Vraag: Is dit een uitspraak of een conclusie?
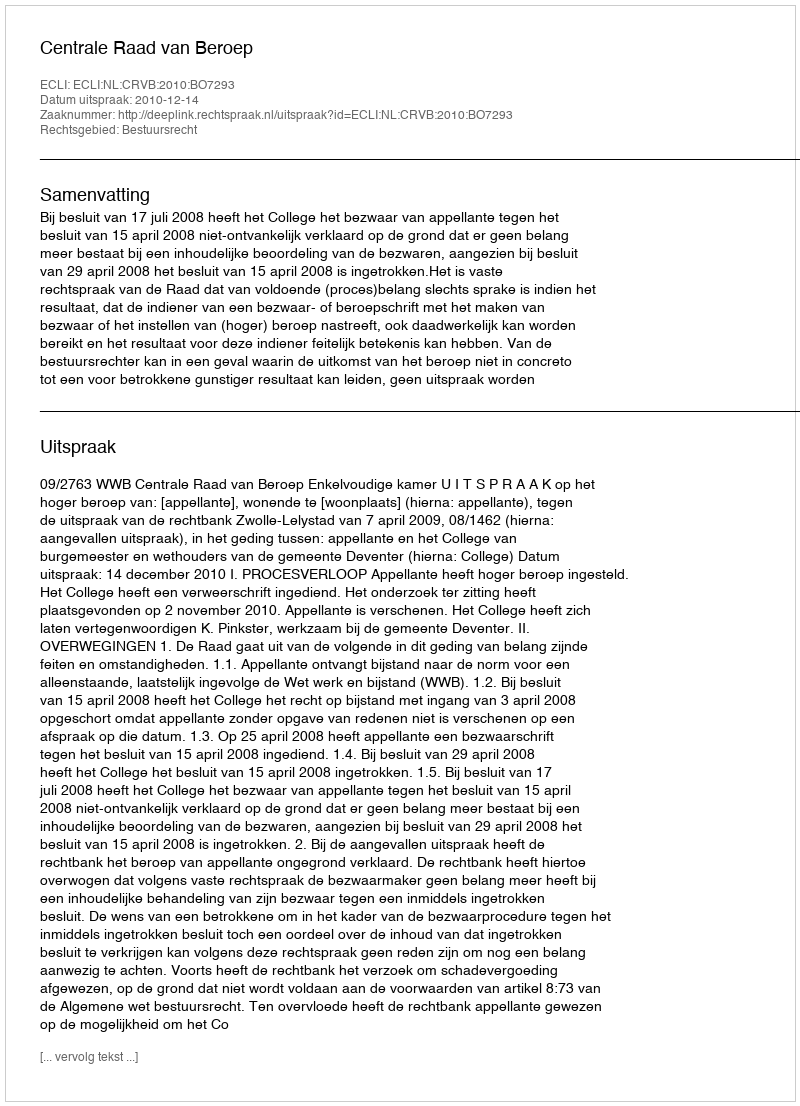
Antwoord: Uitspraak